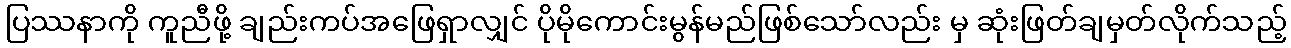
ပြဿနာကို ကူညီဖို့ ချည်းကပ်အဖြေရှာလျှင် ပိုမိုကောင်းမွန်မည်ဖြစ်သော်လည်း မှ ဆုံးဖြတ်ချမှတ်လိုက်သည့်